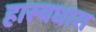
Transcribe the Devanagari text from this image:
हास्यधारा